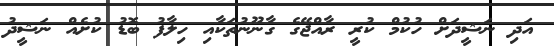
އަދި ނަޝީދަށް ހުކުމް ކުރީ ރާއްޖޭގެ ގާނޫނުތަކާއި ހިލާފު ބޮޑު ކުށެއް ނަޝީދު